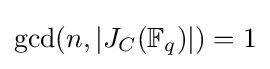
\gcd(n,|J_{C}(\mathbb {F} _{q})|)=1